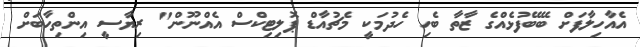
އެއާހިލާފަށް ބޭބޭފުޅެއްގެ ޒާތާ ބެހި ހެދުމަކީ މެޗުއާޑް ޕޮލިޓިކްސް އެއްނޫން" ރިޔާސީ އިންތިހާބަށް